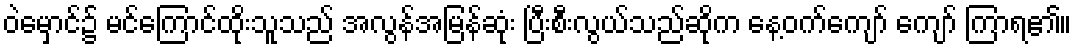
ဝဲမှောင်၌ မင်ကြောင်ထိုးသူသည် အလွန်အမြန်ဆုံး ပြီးစီးလွယ်သည်ဆိုက နေ့ဝက်ကျော် ကျော် ကြာရ၏။